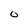
Character: 0